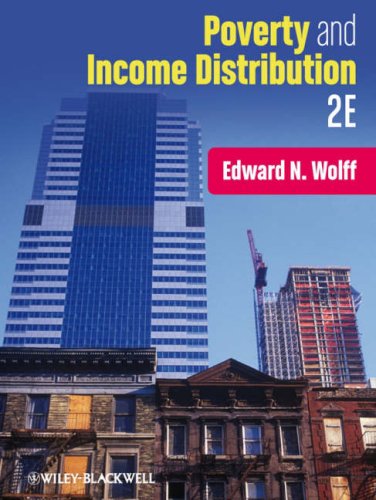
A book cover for Poverty and Income Distribution; Edward N. Wolff; Business & Money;